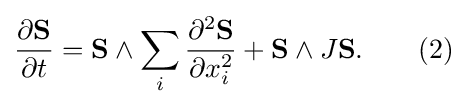
{\frac {\partial \mathbf {S} }{\partial t}}=\mathbf {S} \wedge \sum _{i}{\frac {\partial ^{2}\mathbf {S} }{\partial x_{i}^{2}}}+\mathbf {S} \wedge J\mathbf {S} .\qquad (2)